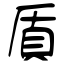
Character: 貭